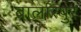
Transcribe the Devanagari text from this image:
बालारपुर